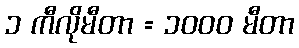
၁ ကီလိုမီတာ = ၁၀၀၀ မီတာ